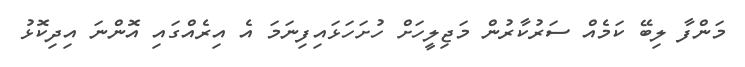
މަންފާ ލިބޭ ކަމެއް ސަރުކާރުން މަޖިލީހަށް ހުށަހަޅައިފިނަމަ އެ އިރެއްގައި އޮންނަ އިދިކޮޅު